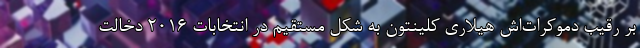
بر رقیب دموکرات‌اش هیلاری کلینتون به شکل مستقیم در انتخابات ۲۰۱۶ دخالت